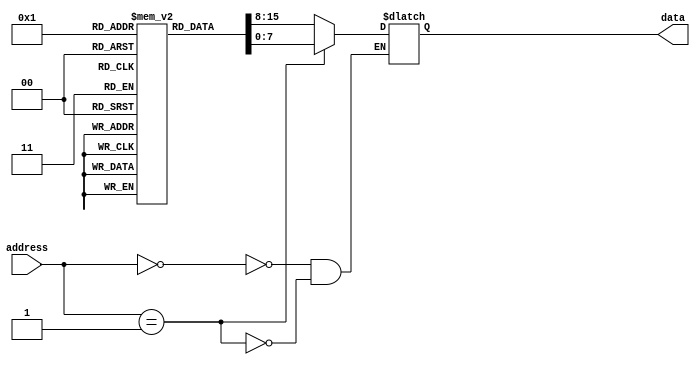
module rom (
    input wire[7:0] address,
    output reg[7:0] data
);

reg[7:0] memory[0:255];

always @(*)
begin
    case(address)
        8'h00: data = memory[0];
        8'h01: data = memory[1];
        // Continue this for all memory locations
    endcase
end

// Initial data values for memory cells
initial
begin
    memory[0] = 8'hFF; // Example data value
    memory[1] = 8'hA5; // Example data value
    // Initialize all memory cells with desired data values
end

endmodule